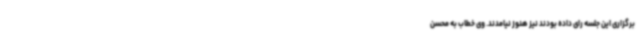
برگزاری این جلسه رای داده بودند نیز هنوز نیامدند. وی خطاب به محسن